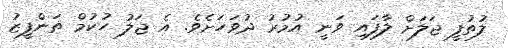
ލުތުފީ ޖަލަށް ލާފައި ވަނީ އުމުރު ދުވަހަށެވެ. އެ ޖަލު ހުކުމް ތަންފީޒު